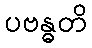
ပဗန္ဓတိ